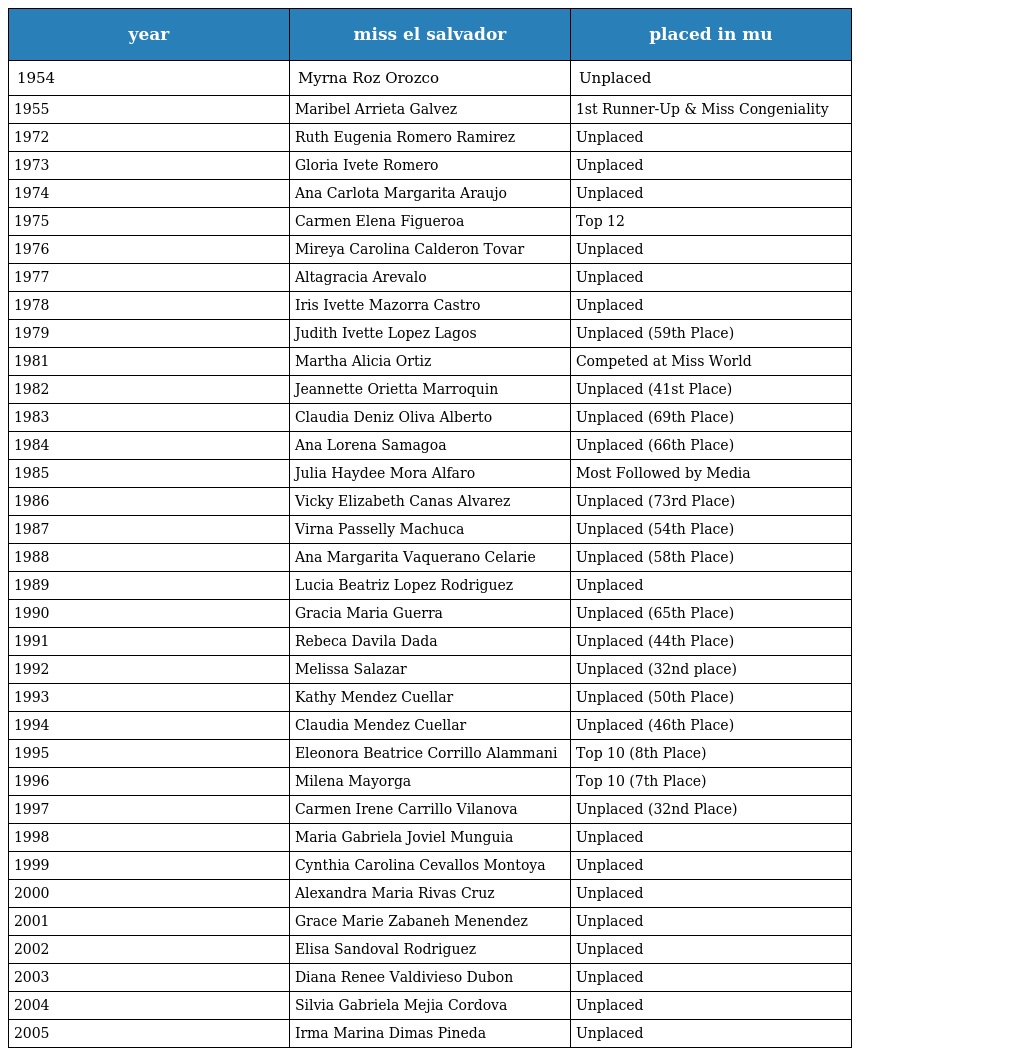
| year | miss el salvador | placed in mu |
 | --- | --- | --- |
 | 1954 | Myrna Roz Orozco | Unplaced |
 | 1955 | Maribel Arrieta Galvez | 1st Runner-Up & Miss Congeniality |
 | 1972 | Ruth Eugenia Romero Ramirez | Unplaced |
 | 1973 | Gloria Ivete Romero | Unplaced |
 | 1974 | Ana Carlota Margarita Araujo | Unplaced |
 | 1975 | Carmen Elena Figueroa | Top 12 |
 | 1976 | Mireya Carolina Calderon Tovar | Unplaced |
 | 1977 | Altagracia Arevalo | Unplaced |
 | 1978 | Iris Ivette Mazorra Castro | Unplaced |
 | 1979 | Judith Ivette Lopez Lagos | Unplaced (59th Place) |
 | 1981 | Martha Alicia Ortiz | Competed at Miss World |
 | 1982 | Jeannette Orietta Marroquin | Unplaced (41st Place) |
 | 1983 | Claudia Deniz Oliva Alberto | Unplaced (69th Place) |
 | 1984 | Ana Lorena Samagoa | Unplaced (66th Place) |
 | 1985 | Julia Haydee Mora Alfaro | Most Followed by Media |
 | 1986 | Vicky Elizabeth Canas Alvarez | Unplaced (73rd Place) |
 | 1987 | Virna Passelly Machuca | Unplaced (54th Place) |
 | 1988 | Ana Margarita Vaquerano Celarie | Unplaced (58th Place) |
 | 1989 | Lucia Beatriz Lopez Rodriguez | Unplaced |
 | 1990 | Gracia Maria Guerra | Unplaced (65th Place) |
 | 1991 | Rebeca Davila Dada | Unplaced (44th Place) |
 | 1992 | Melissa Salazar | Unplaced (32nd place) |
 | 1993 | Kathy Mendez Cuellar | Unplaced (50th Place) |
 | 1994 | Claudia Mendez Cuellar | Unplaced (46th Place) |
 | 1995 | Eleonora Beatrice Corrillo Alammani | Top 10 (8th Place) |
 | 1996 | Milena Mayorga | Top 10 (7th Place) |
 | 1997 | Carmen Irene Carrillo Vilanova | Unplaced (32nd Place) |
 | 1998 | Maria Gabriela Joviel Munguia | Unplaced |
 | 1999 | Cynthia Carolina Cevallos Montoya | Unplaced |
 | 2000 | Alexandra Maria Rivas Cruz | Unplaced |
 | 2001 | Grace Marie Zabaneh Menendez | Unplaced |
 | 2002 | Elisa Sandoval Rodriguez | Unplaced |
 | 2003 | Diana Renee Valdivieso Dubon | Unplaced |
 | 2004 | Silvia Gabriela Mejia Cordova | Unplaced |
 | 2005 | Irma Marina Dimas Pineda | Unplaced |